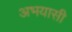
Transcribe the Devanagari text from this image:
अभयासी